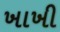
ખાખી